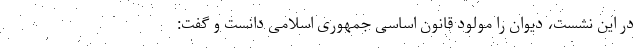
در این نشست، دیوان را مولود قانون اساسی جمهوری اسلامی دانست و گفت: